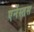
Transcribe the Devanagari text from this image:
एर्नेस्तस